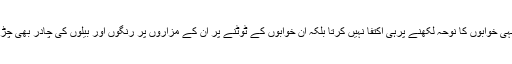
پھر وہ انہی خوابوں کا نوحہ لکھنے پرہی اکتفا نہیں کرتا بلکہ ان خوابوں کے ٹوٹنے پر ان کے مزاروں پر رنگوں اور بیلوں کی چادر بھی چڑھاتا ہے۔